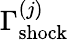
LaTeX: \Gamma_{\mathrm{shock}}^{(j)}